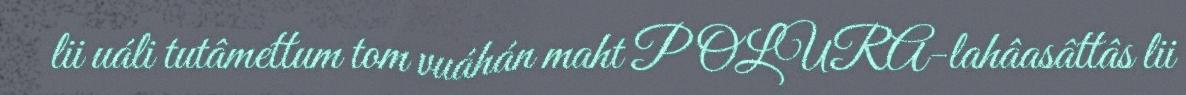
lii uáli tutâmettum tom vuáhán maht POLURA-lahâasâttâs lii